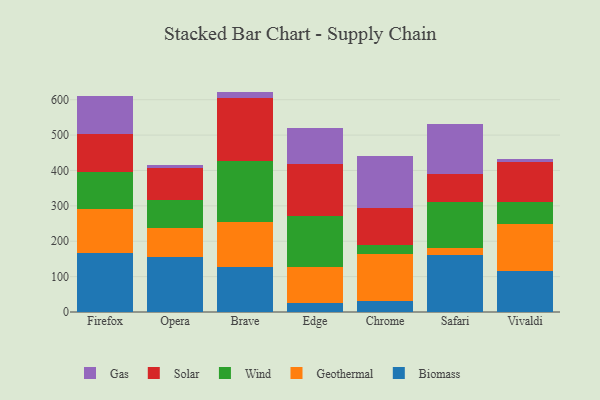
{"axis": {"x": "Browser", "y": "Headcount"}, "legend": ["Biomass", "Gas", "Geothermal", "Solar", "Wind"], "data": [{"x": "Firefox", "y": 165.4, "type": "Biomass"}, {"x": "Firefox", "y": 125.6, "type": "Geothermal"}, {"x": "Firefox", "y": 105.2, "type": "Wind"}, {"x": "Firefox", "y": 108.0, "type": "Solar"}, {"x": "Firefox", "y": 105.5, "type": "Gas"}, {"x": "Opera", "y": 154.4, "type": "Biomass"}, {"x": "Opera", "y": 83.3, "type": "Geothermal"}, {"x": "Opera", "y": 79.7, "type": "Wind"}, {"x": "Opera", "y": 90.7, "type": "Solar"}, {"x": "Opera", "y": 8.4, "type": "Gas"}, {"x": "Brave", "y": 128.1, "type": "Biomass"}, {"x": "Brave", "y": 125.1, "type": "Geothermal"}, {"x": "Brave", "y": 173.8, "type": "Wind"}, {"x": "Brave", "y": 177.4, "type": "Solar"}, {"x": "Brave", "y": 18.5, "type": "Gas"}, {"x": "Edge", "y": 26.1, "type": "Biomass"}, {"x": "Edge", "y": 102.4, "type": "Geothermal"}, {"x": "Edge", "y": 144.2, "type": "Wind"}, {"x": "Edge", "y": 145.2, "type": "Solar"}, {"x": "Edge", "y": 102.7, "type": "Gas"}, {"x": "Chrome", "y": 32.4, "type": "Biomass"}, {"x": "Chrome", "y": 131.1, "type": "Geothermal"}, {"x": "Chrome", "y": 26.3, "type": "Wind"}, {"x": "Chrome", "y": 103.1, "type": "Solar"}, {"x": "Chrome", "y": 146.7, "type": "Gas"}, {"x": "Safari", "y": 160.2, "type": "Biomass"}, {"x": "Safari", "y": 20.1, "type": "Geothermal"}, {"x": "Safari", "y": 130.2, "type": "Wind"}, {"x": "Safari", "y": 79.4, "type": "Solar"}, {"x": "Safari", "y": 141.4, "type": "Gas"}, {"x": "Vivaldi", "y": 115.1, "type": "Biomass"}, {"x": "Vivaldi", "y": 134.1, "type": "Geothermal"}, {"x": "Vivaldi", "y": 62.9, "type": "Wind"}, {"x": "Vivaldi", "y": 112.2, "type": "Solar"}, {"x": "Vivaldi", "y": 9.5, "type": "Gas"}]}